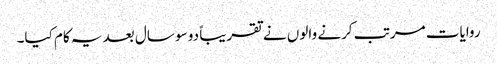
روایات مرتب کرنے والوں نے تقریباً دو سو سال بعد یہ کام کیا۔